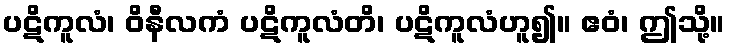
ပဋိကူလံ၊ ဝိနီလကံ ပဋိကူလံတိ၊ ပဋိကူလံဟူ၍။ ဧဝံ၊ ဤသို့။